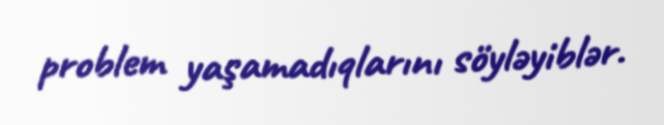
problem yaşamadıqlarını söyləyiblər.